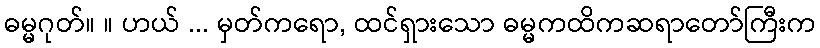
ဓမ္မဂုတ်။ ။ ဟယ် ... မှတ်ကရော, ထင်ရှားသော ဓမ္မကထိကဆရာတော်ကြီးက